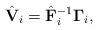
LaTeX: \begin{align*} \hat{\mathbf{V}}_i = \hat{\mathbf{F}}_i^{-1}\boldsymbol{\Gamma}_i,\end{align*}